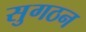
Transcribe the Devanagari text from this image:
सुगठन